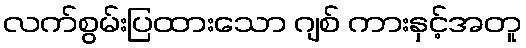
လက်စွမ်းပြထားသော ဂျစ် ကားနှင့်အတူ